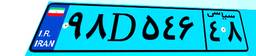
۹۸D۵۴۶۴۸